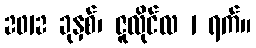
2012 ခုနှစ်၊ ဇူလိုင်လ 1 ရက်။